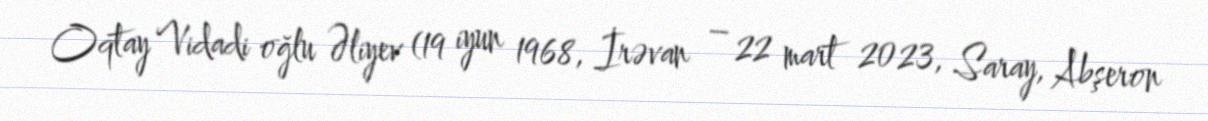
Oqtay Vidadi oğlu Əliyev (19 iyun 1968, İrəvan – 22 mart 2023, Saray, Abşeron